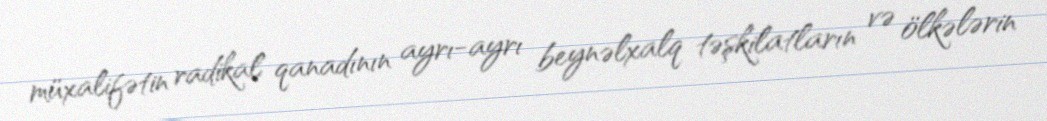
müxalifətin radikal qanadının ayrı-ayrı beynəlxalq təşkilatların və ölkələrin